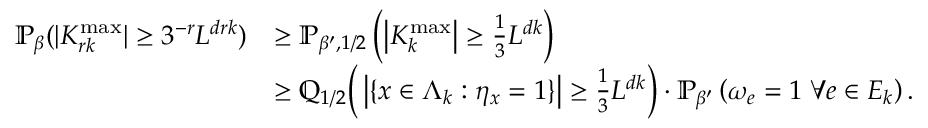
\begin{array} { r l } { \mathbb { P } _ { \beta } ( \lvert K _ { r k } ^ { \mathrm { m a x } } \rvert \geq 3 ^ { - r } L ^ { d r k } ) } & { \geq \mathbb { P } _ { \beta ^ { \prime } , 1 / 2 } \left( \left| K _ { k } ^ { \mathrm { m a x } } \right| \geq \frac { 1 } { 3 } L ^ { d k } \right) } \\ & { \geq \mathbb Q _ { 1 / 2 } \Big ( \left\lvert \{ x \in \Lambda _ { k } : \eta _ { x } = 1 \} \right\rvert \geq \frac { 1 } { 3 } L ^ { d k } \Big ) \cdot \mathbb { P } _ { \beta ^ { \prime } } \left( \omega _ { e } = 1 \; \forall e \in E _ { k } \right) . } \end{array}